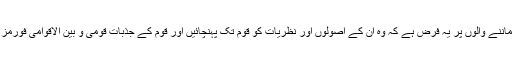
سردار امحمد ابراہیم خان اور سردار خالد ابراہیم خان کے ماننے والوں پر یہ فرض ہے کہ وہ ان کے اصولوں اور نظریات کو قوم تک پہنچائیں اور قوم کے جذبات قومی و بین الاقوامی فورمز پر پہنچا کر اپنی نمائیندگی کی میراث کو برقرار رکھیں!